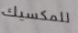
للمكسيك